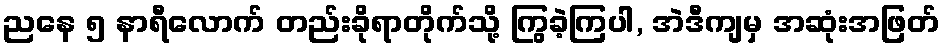
ညနေ ၅ နာရီလောက် တည်းခိုရာတိုက်သို့ ကြွခဲ့ကြပါ, အဲဒီကျမှ အဆုံးအဖြတ်